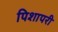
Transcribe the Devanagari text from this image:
पिशापरी